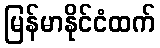
မြန်မာနိုင်ငံထက်